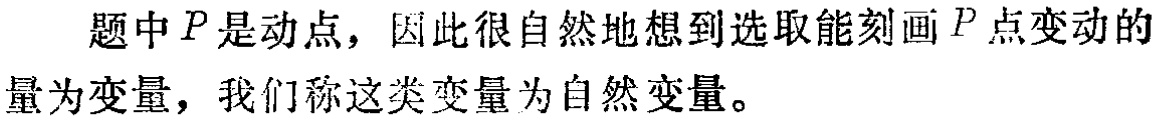
题中\(P\)是动点，因此很自然地想到选取能刻画\(P\)点变动的量为变量，我们称这类变量为自然变量。